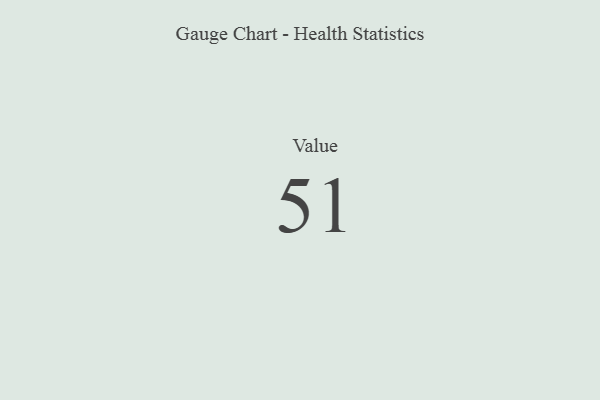
{"axis": {"x": "Metric", "y": "Value"}, "legend": [""], "data": [{"x": "Value", "y": 51, "type": ""}]}